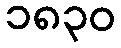
၁၈၃၀